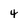
Character: 4